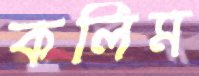
কলিম